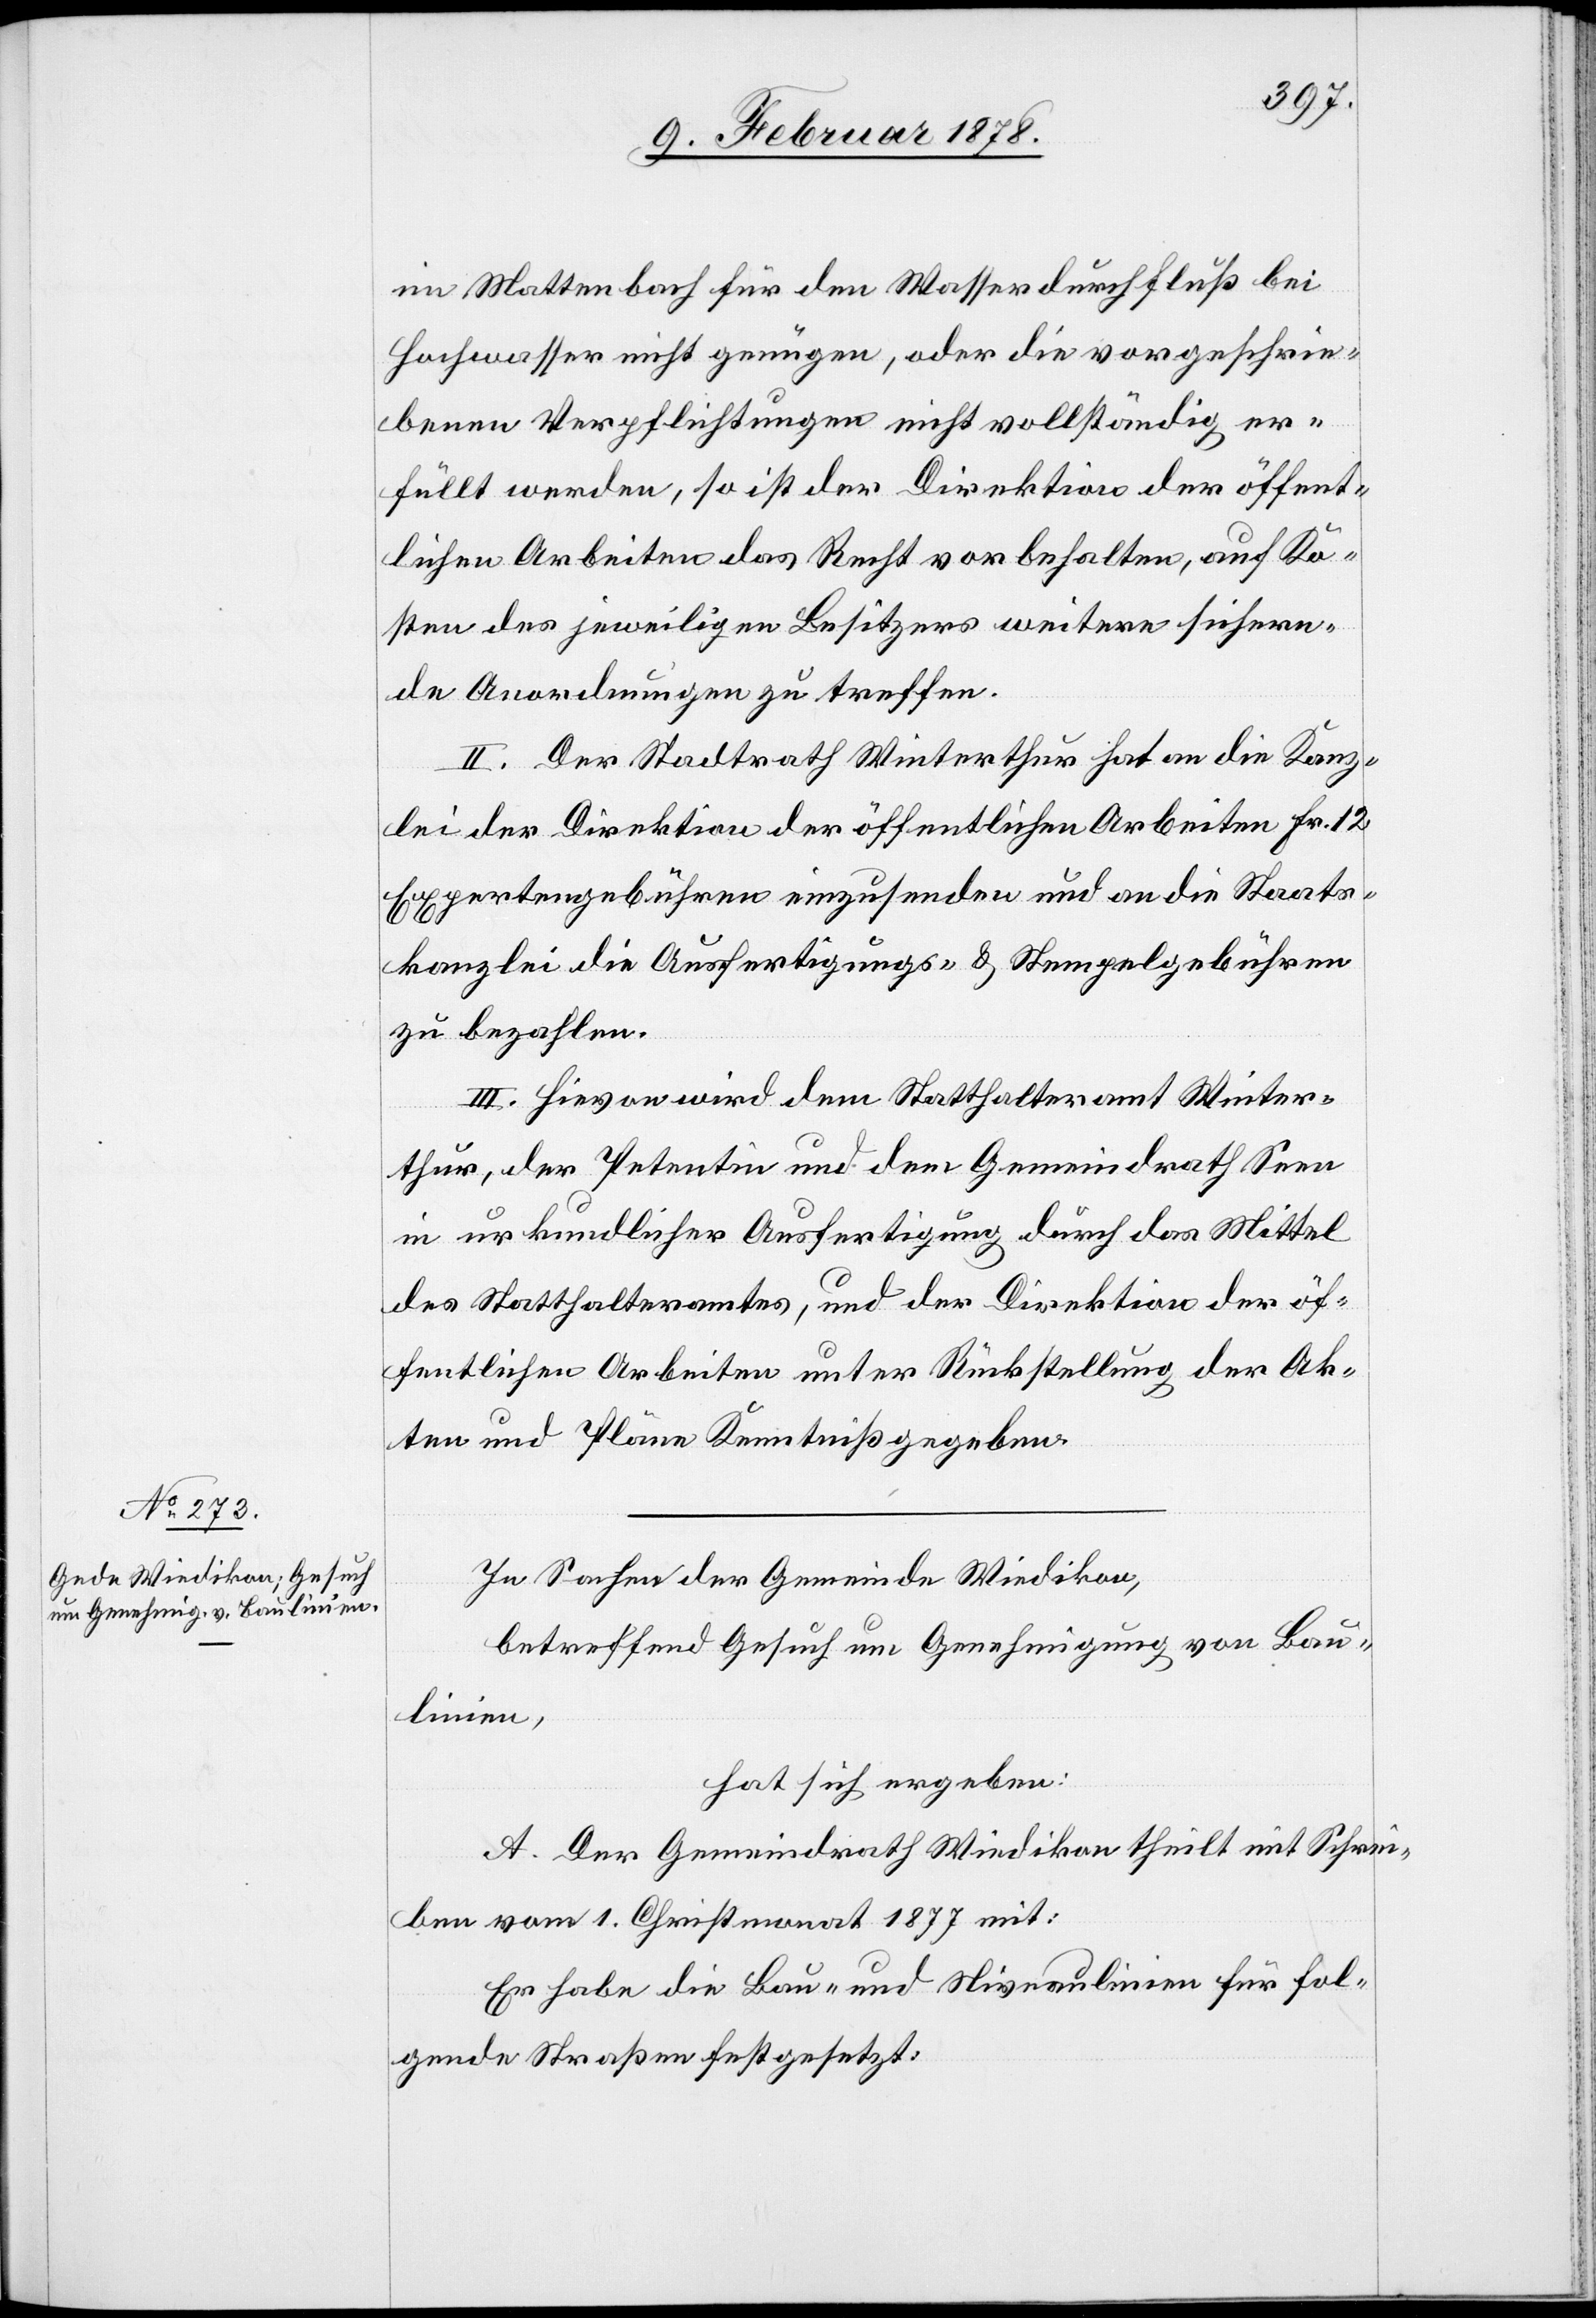
im Wattenbach für den Wasserdurchfluß bei
Hochwasser nicht genügen, oder die vorgeschrie¬
benen Verpflichtungen nicht vollständig er¬
füllt werden, so ist der Direktion der öffent¬
lichen Arbeiten das Recht vorbehalten, auf Ko¬
sten des jeweiligen Besitzers weitere sichern¬
de Anordnungen zu treffen.
II. Der Stadtrath Winterthur hat an die Kanz¬
lei der Direktion der öffentlichen Arbeiten Fr. 12
Expertengebühren einzusenden und an die Staats¬
kanzlei die Ausfertigungs- & Stempelgebühren
zu bezahlen.
III. Hievon wird dem Statthalteramt Winter¬
thur, der Petentin und dem Gemeindrath Seen
in urkundlicher Ausfertigung durch das Mittel
des Statthalteramtes, und der Direktion der öf¬
fentlichen Arbeiten unter Rückstellung der Akten
In Sachen der Gemeinde Wiedikon,
betreffend Gesuch um Genehmigung von Bau¬
linien,
hat sich ergeben:
A. Der Gemeindrath Wiedikon theilt mit Schrei¬
ben vom 1. Christmonat 1877 mit:
Er habe die Bau- und Niveaulinie für fol¬
gende Straßen festgesetzt: